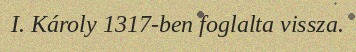
I. Károly 1317-ben foglalta vissza.